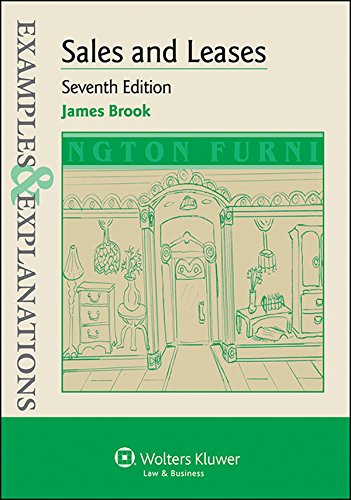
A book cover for Examples & Explanations: Sales and Leases; James A. Brook; Law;